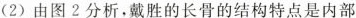
(2)由图2分析，戴胜的长骨的结构特点是内部